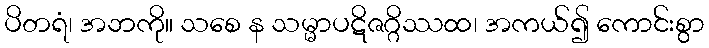
ပိတရံ၊ အဘကို။ သစေ န သမ္မာပဋိဇဂ္ဂိဿထ၊ အကယ်၍ ကောင်းစွာ